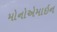
મોનોએમાઇન